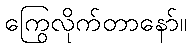
ကြွေလိုက်တာနော်။